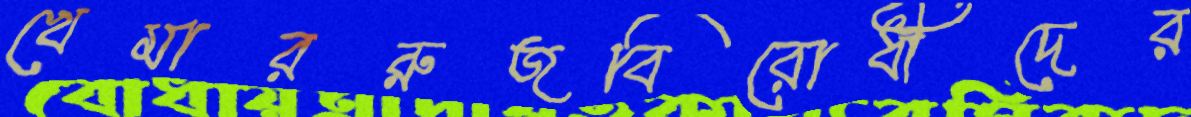
খেমাররুজবিরোধীদের